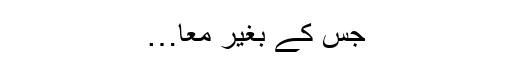
جس کے بغیر معا…